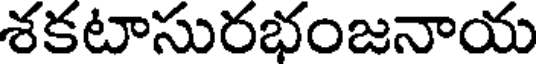
శకటాసురభంజనాయ